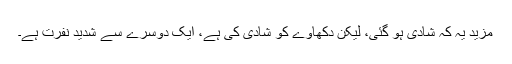
مزید یہ کہ شادی ہو گئی، لیکن دکھاوے کو شادی کی ہے، ایک دوسرے سے شدید نفرت ہے۔